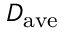
D _ { \mathrm { a v e } }